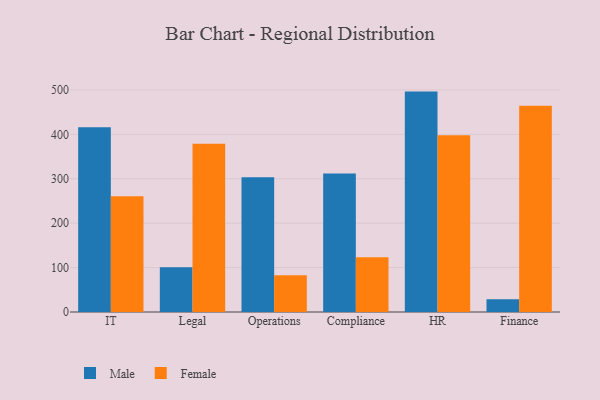
{"axis": {"x": "Department", "y": "Shipments"}, "legend": ["Female", "Male"], "data": [{"x": "IT", "y": 415.8, "type": "Male"}, {"x": "IT", "y": 260.7, "type": "Female"}, {"x": "Legal", "y": 100.6, "type": "Male"}, {"x": "Legal", "y": 378.9, "type": "Female"}, {"x": "Operations", "y": 303.2, "type": "Male"}, {"x": "Operations", "y": 82.5, "type": "Female"}, {"x": "Compliance", "y": 311.8, "type": "Male"}, {"x": "Compliance", "y": 123.4, "type": "Female"}, {"x": "HR", "y": 496.2, "type": "Male"}, {"x": "HR", "y": 397.8, "type": "Female"}, {"x": "Finance", "y": 28.8, "type": "Male"}, {"x": "Finance", "y": 464.6, "type": "Female"}]}